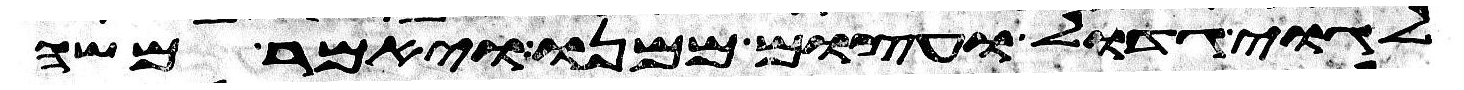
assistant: לגוי גדול ועצום ממנו ויאמר משה